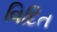
વિદિત